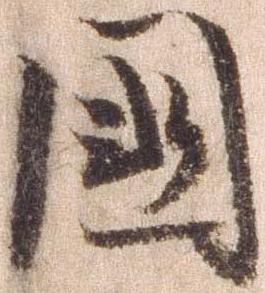
国